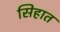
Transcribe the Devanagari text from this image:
सिहात